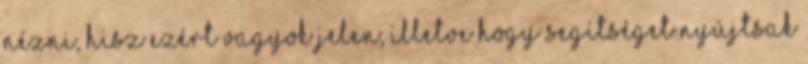
nézni, hisz ezért vagyok jelen, illetve hogy segítséget nyújtsak